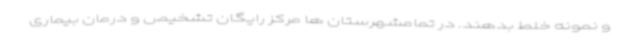
و نمونه خلط بدهند. در تمامشهرستان ها مرکز رایگان تشخیص و درمان بیماری